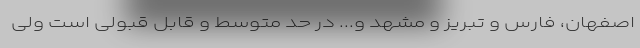
اصفهان، فارس و تبریز و مشهد و... در حد متوسط و قابل ­قبولی است ولی